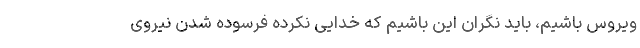
ویروس باشیم، باید نگران این باشیم که خدایی نکرده فرسوده شدن نیروی